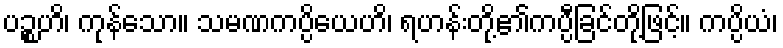
ပဉ္စဟိ၊ ကုန်သော။ သမဏကပ္ပိယေဟိ၊ ရဟန်းတို့၏ကပ္ပီခြင်တို့ဖြင့်။ ကပ္ပိယံ၊